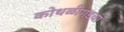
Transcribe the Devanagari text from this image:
कोथळीगडचा